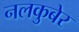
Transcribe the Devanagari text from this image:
नलकुबेर